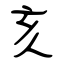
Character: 亥